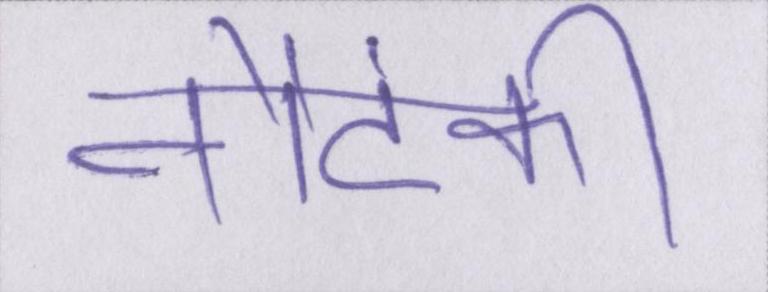
नौटंकी